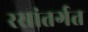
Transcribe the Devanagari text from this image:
रसांतर्गत